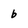
Character: b